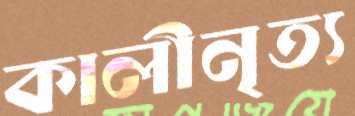
কালীনৃত্য